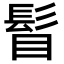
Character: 𩬞